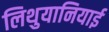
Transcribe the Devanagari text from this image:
लिथुयानियाई